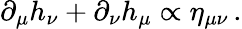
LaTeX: \partial_{\mu}h_{\nu}+\partial_{\nu}h_{\mu}\propto\eta_{\mu\nu}\, .